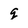
Character: q